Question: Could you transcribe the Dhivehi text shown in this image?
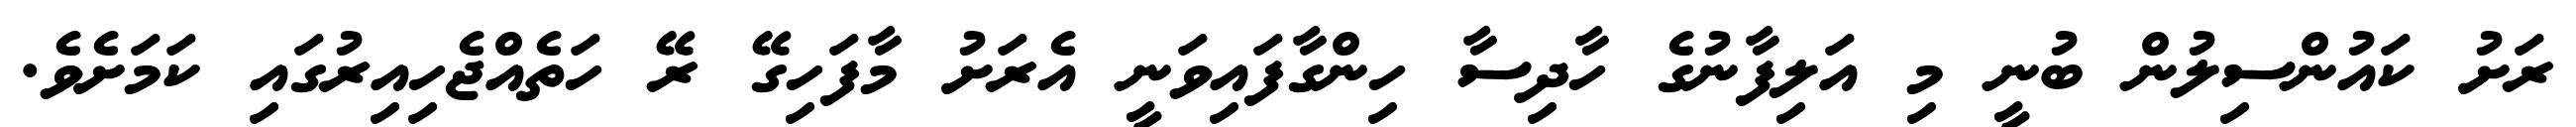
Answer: ރަށު ކައުންސިލުން ބުނީ މި އަލިފާނުގެ ހާދިސާ ހިންގާފައިވަނީ އެރަށު މާފަހިގޭ ރޭ ހަތެއްޖެހިއިރުގައި ކަމަށެވެ.